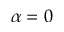
\alpha = 0